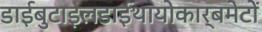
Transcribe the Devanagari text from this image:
डाईबुटाइलडाईथायोकार्बमेटों